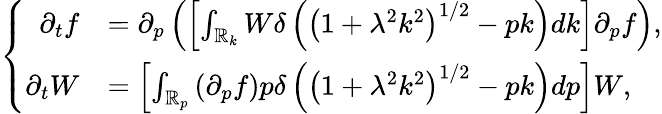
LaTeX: \left\{ \begin{array}{rl}{\partial_{t}f}&{=\partial_{p}\left(\left[\int_{\mathbb{R}_{k}}W\delta\left(\left(1+\lambda^{2}k^{2}\right)^{1/2}-pk\right)dk\right]\partial_{p}f\right),}\\ {\partial_{t}W}&{=\left[\int_{\mathbb{R}_{p}}\left(\partial_{p}f\right)p\delta\left(\left(1+\lambda^{2}k^{2}\right)^{1/2}-pk\right)dp\right]W,}\end{array}\right.